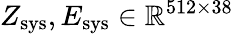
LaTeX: Z_{\mathrm{sys}},E_{\mathrm{sys}}\in\mathbb{R}^{512\times 38}